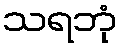
သရဘုံ